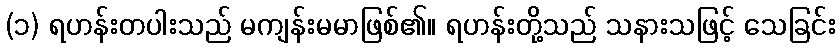
(၁) ရဟန်းတပါးသည် မကျန်းမမာဖြစ်၏။ ရဟန်းတို့သည် သနားသဖြင့် သေခြင်း